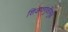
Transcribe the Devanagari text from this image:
शिकवणुकीमुळे